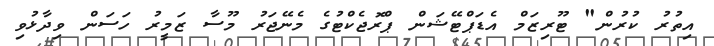
އިތުރު ކުރުން" ޓޫރިޒަމް އެޑަޕްޓޭޝަން ޕްރޮޖެކްޓުގެ މެނޭޖަރު މޫސާ ޒަމީރު ހަސަން ވިދާޅުވި